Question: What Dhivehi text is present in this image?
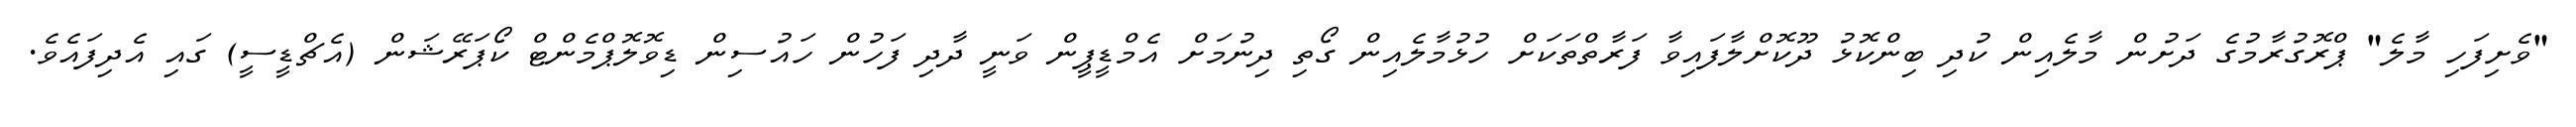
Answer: "ވެށިފަހި މާލެ" ޕްރޮގުރާމުގެ ދަށުން މާލެއިން ކުދި ބިންކޮޅު ދޫކޮށްލާފައިވާ ފަރާތްތަކަށް ހުޅުމާލެއިން ގޯތި ދިނުމަށް އެމްޑީޕީން ވަނީ ދާދި ފަހުން ހައުސިން ޑިވޮލޮޕްމެންޓް ކޯޕަރޭޝަން (އެޗްޑީސީ) ގައި އެދިފައެވެ.